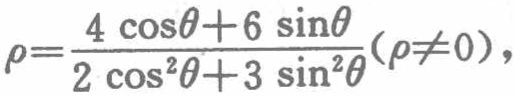
\(\rho=\frac{4 \cos\theta + 6 \sin\theta}{2 \cos^{2}\theta+3 \sin^{2}\theta}(\rho\neq0)\)